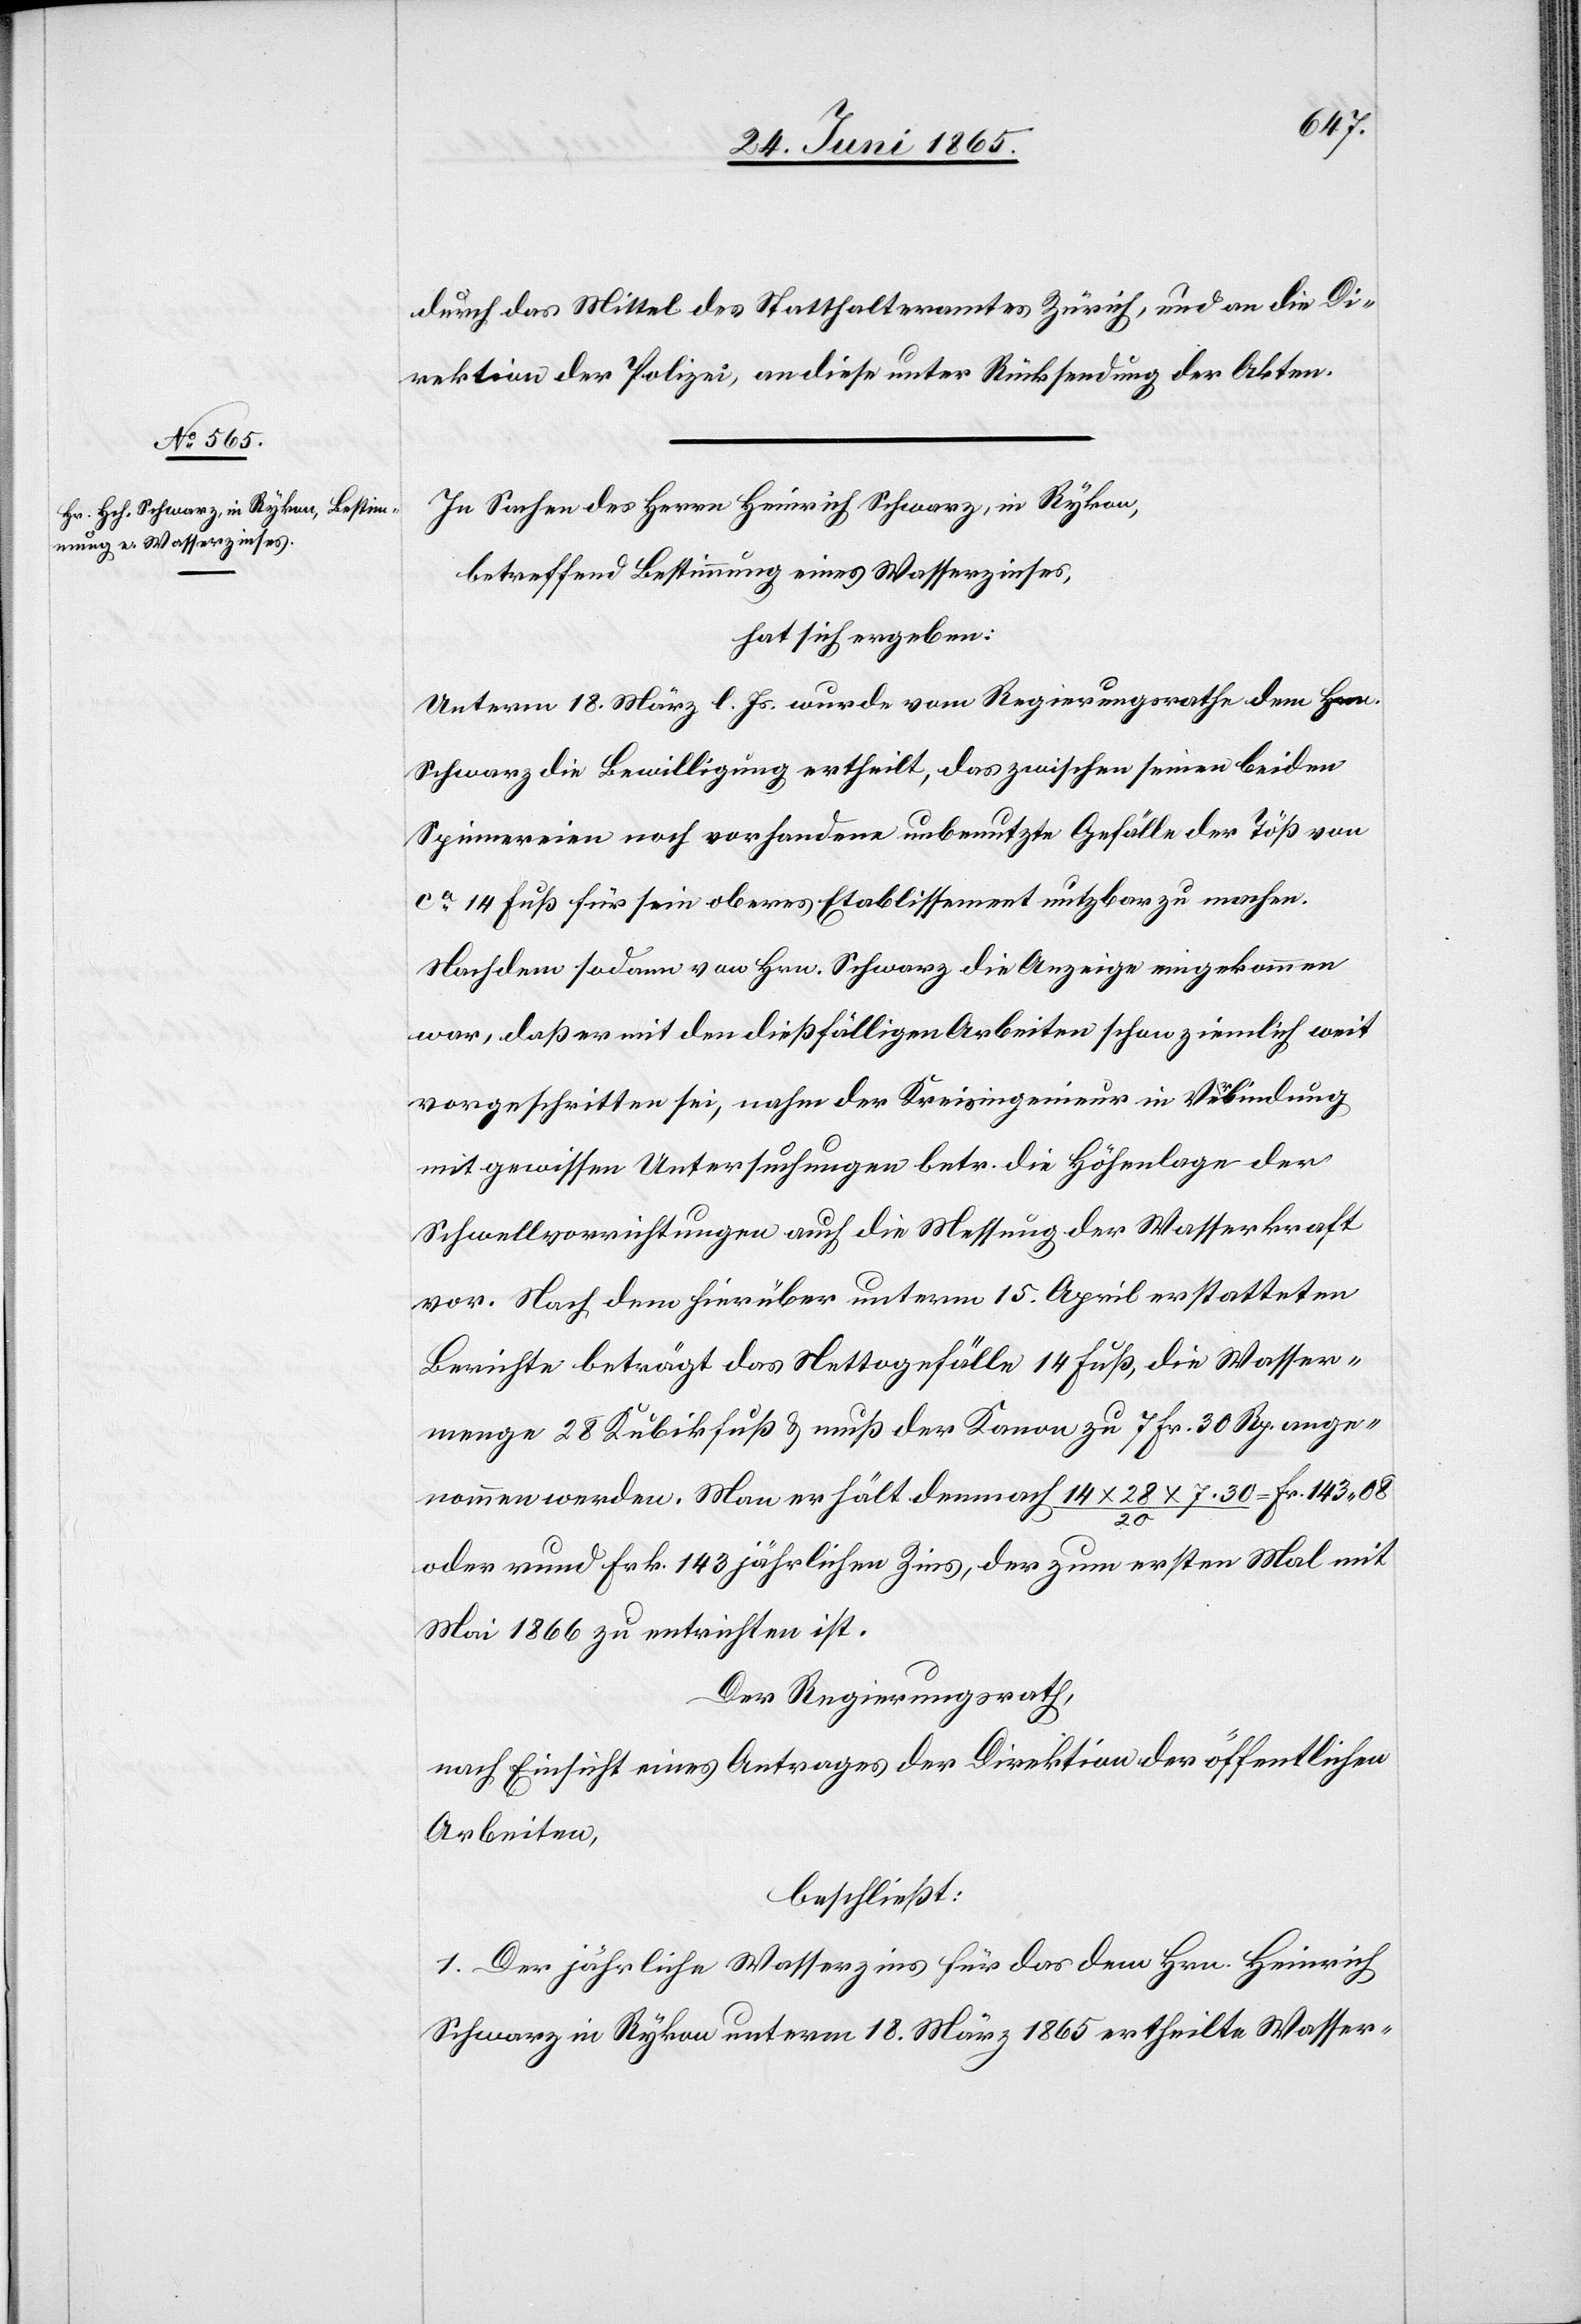
durch das Mittel des Statthalteramtes Zürich, und an die Di¬
rektion der Polizei, an diese unter Rücksendung der Akten.
In Sachen des Herrn Heinrich Schwarz, in Rykon,
betreffend Bestimmung eines Wasserzinses,
hat sich ergeben:
Unterm 18. März l. Js. wurde vom Regierungsrathe dem Hrn.
Schwarz die Bewilligung ertheilt, das zwischen seinen beiden
Spinnereien noch vorhandene unbenutzte Gefälle der Töß von
ca 14 Fuß für sein oberes Etablissement nutzbar zu machen.
Nachdem sodann von Hrn. Schwarz die Anzeige eingekommen
war, daß er mit den dießfälligen Arbeiten schon ziemlich weit
vorgeschritten sei, nahm der Kreisingenieur in Verbindung
mit gewissen Untersuchungen betr. die Höhenlage der
Schwellvorrichtungen auch die Messung der Wasserkraft
vor. Nach dem hierüber unterm 15. April erstatteten
Berichte beträgt das Nettogefälle 14 Fuß, die Wasser¬
menge 28 Kubikfuß & muß der Kanon zu 7 fr. 30 Rp. ange¬
nommen werden. Man erhält demnach 14 x 28 x 7. 30/20 = Fr. 143 08
oder rund Frk. 143 jährlichen Zins, der zum ersten Mal mit
Mai 1866 zu entrichten ist.
Der Regierungsrath,
nach Einsicht eines Antrages der Direktion der öffentlichen
Arbeiten,
beschließt:
1. Der jährliche Wasserzins für das dem Hrn. Heinrich
Schwarz in Rykon unterm 18. März 1865 ertheilte Wasser-